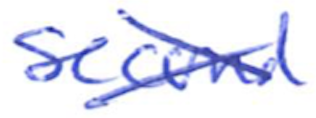
Text: second
Cross-out: cross
Writing tool: ballpoint